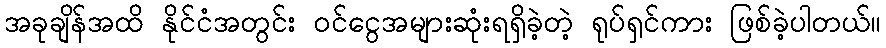
အခုချိန်အထိ နိုင်ငံအတွင်း ဝင်ငွေအများဆုံးရရှိခဲ့တဲ့ ရုပ်ရှင်ကား ဖြစ်ခဲ့ပါတယ်။